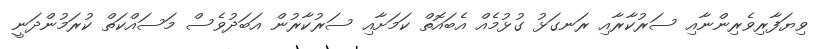
ވިޔަފާރިވެރިންނާއި ސަރުކާރާއި ރަނގަޅު ގުޅުމެއް އެބައޮތް ކަމަށާއި ސަރުކާރުން އަބަދުވެސް މަސައްކަތް ކުރަމުންދަނީ